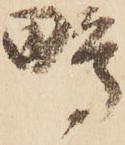
鴫